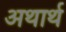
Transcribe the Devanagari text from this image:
अथार्थ